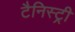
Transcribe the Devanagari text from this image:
टैनिस्ट्री